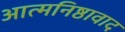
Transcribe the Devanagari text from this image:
आत्मनिष्ठावाद